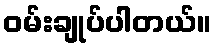
ဝမ်းချုပ်ပါတယ်။